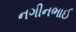
નગીનભાઈ